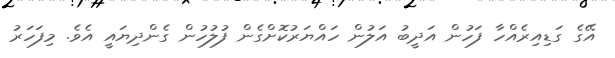
އޭގެ ގަޑިއިރެއްހާ ފަހުން އަދީބު އަލުން ހައްޔަރުކޮށްގެން ފުލުހުން ގެންދިޔައީ އެވެ. މިފަހަރު